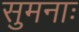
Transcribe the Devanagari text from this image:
सुमनाः